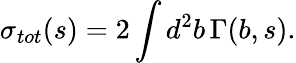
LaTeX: \sigma_{tot}(s)=2\int d^{2}b\, \Gamma(b,s).